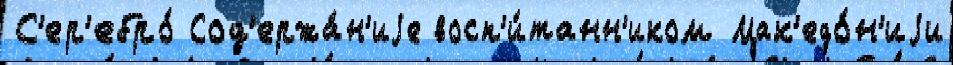
С'ер'ебро́ Сод'ержа́н'иjе восп'и́танн'иком Мак'едо́н'иjи